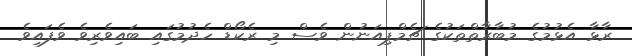
ރާޅާ އެޅުމުގެ މުބާރާތްތަކުގެ ޗެމްޕިއަނުން ވެސް މި ރެކޯޑް ހެދުމުގައި ބައިވެރިވެ ވެފައިވެ